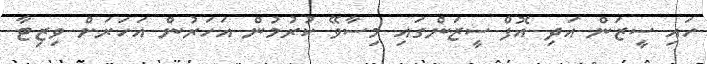
ހައި ސީޒަން އަދި އޮފް ސީޒަންގައި މިސާވޭ ކުރުމުން އަހަރުން އަހަރަށް ވިޒިޓާ